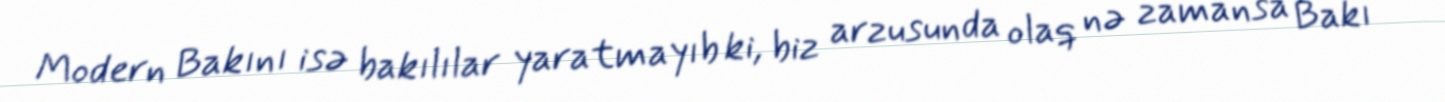
Modern Bakını isə bakılılar yaratmayıb ki, biz arzusunda olaq nə zamansa Bakı